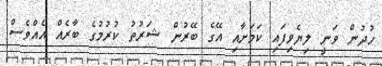
ހުދުން ވަނީ ލިޔެވިފައި ކަމަށާއި އޭގެ ބޭރުން ޝަރުތު ކުރުމުގެ ބާރެއް އެއްވެސް